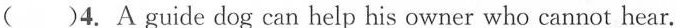
()4. A guide dog can help his owner who cannot hear.